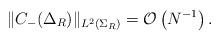
LaTeX: \begin{align*}\|C_-(\Delta_R)\|_{L^2(\Sigma_R)} = \mathcal{O} \left( N^{-1} \right).\end{align*}